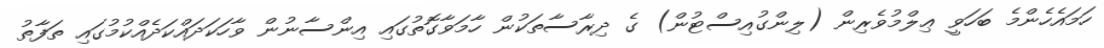
ހަމައެހެންމެ ބަހަވީ ޢިލްމުވެރިން (ލިންގުއިސްޓުން) ގެ ދިރާސާތަކުން ހާމަވާގޮތުގައި އިންސާނުން ވާހަކަދައްކަދެއްކުމުގައި ތަފާތު